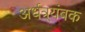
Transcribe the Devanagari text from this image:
अर्धत्र्यंबक